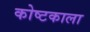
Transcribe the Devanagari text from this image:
कोष्टकाला